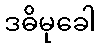
ဒဓိမုခေါ